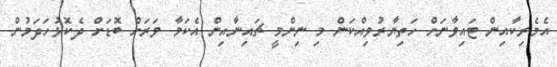
އެމެރިކާއިން ޓައިވާނަށް ހަތިޔާރުވިއްކަން މި ނިންމީ ޗައިނާއިން އެކަމާ ވަރަށް ބޮޑަށް ދެކޮޅުހަދަމުން